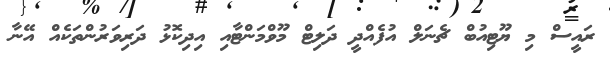
ރައީސް މި ޔޫޓިއުބް ޗެނަލް އުފެއްދީ ދަލިޓް މޫވްމަންޓާއި އިދިކޮޅު ދަރިވަރުންތަކެއް އޭނާ